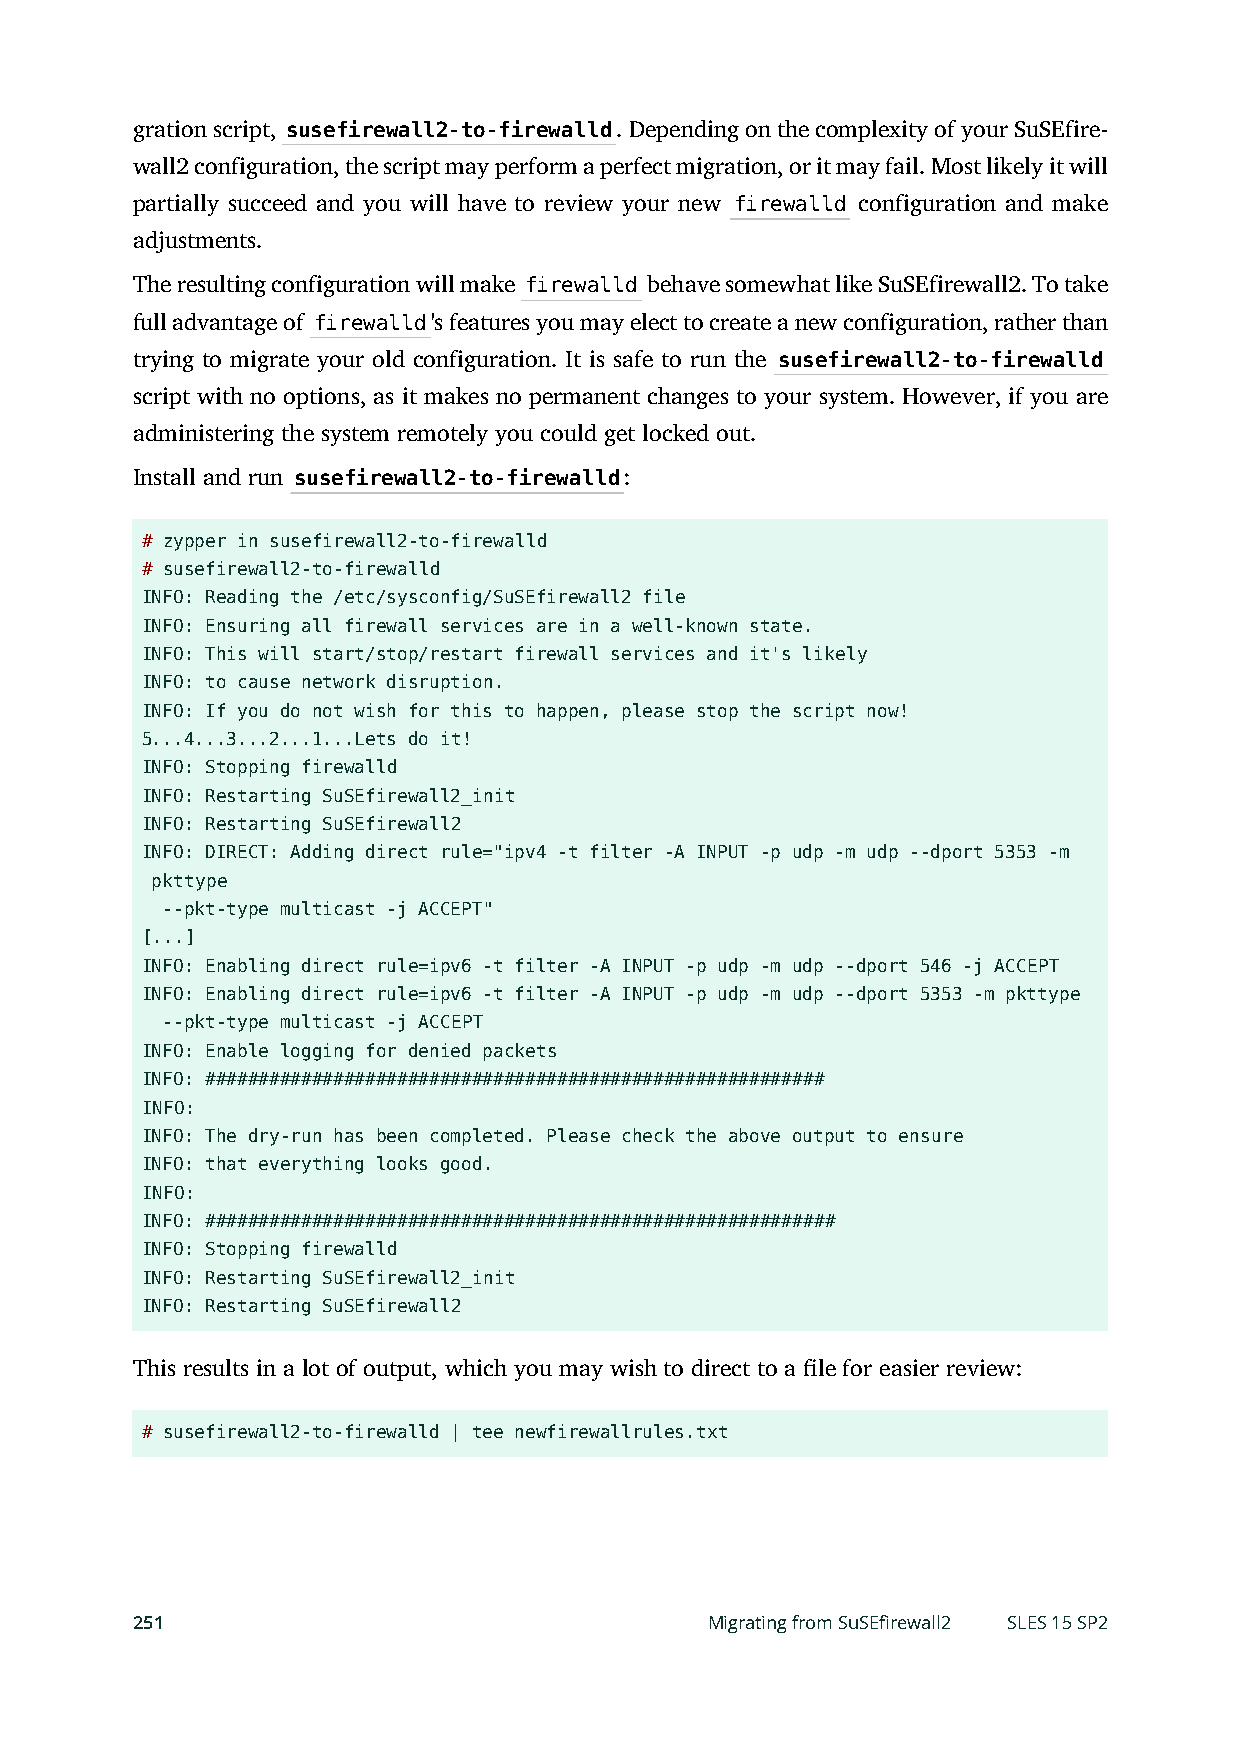
gration script, susefirewall2-to-firewalld. Depending on the complexity of your SuSEfire-
 wall2 configuration, the script may perform a perfect migration, or it may fail. Most likely it will
 partially succeed and you will have to review your new firewalld configuration and make
 adjustments.
 The resulting configuration will make firewalld behave somewhat like SuSEfirewall2. To take
 full advantage of firewalld's features you may elect to create a new configuration, rather than
 trying to migrate your old configuration. It is safe to run the susefirewall2-to-firewalld
 script with no options, as it makes no permanent changes to your system. However, if you are
 administering the system remotely you could get locked out.
 Install and run susefirewall2-to-firewalld:
 # zypper in susefirewall2-to-firewalld
 # susefirewall2-to-firewalld
 INFO: Reading the /etc/sysconfig/SuSEfirewall2 file
 INFO: Ensuring all firewall services are in a well-known state.
 INFO: This will start/stop/restart firewall services and it's likely
 INFO: to cause network disruption.
 INFO: If you do not wish for this to happen, please stop the script now!
 5...4...3...2...1...Lets do it!
 INFO: Stopping firewalld
 INFO: Restarting SuSEfirewall2_init
 INFO: Restarting SuSEfirewall2
 INFO: DIRECT: Adding direct rule="ipv4 -t filter -A INPUT -p udp -m udp --dport 5353 -m
 pkttype
 --pkt-type multicast -j ACCEPT"
 [...]
 INFO: Enabling direct rule=ipv6 -t filter -A INPUT -p udp -m udp --dport 546 -j ACCEPT
 INFO: Enabling direct rule=ipv6 -t filter -A INPUT -p udp -m udp --dport 5353 -m pkttype
 --pkt-type multicast -j ACCEPT
 INFO: Enable logging for denied packets
 INFO: ##########################################################
 INFO:
 INFO: The dry-run has been completed. Please check the above output to ensure
 INFO: that everything looks good.
 INFO:
 INFO: ###########################################################
 INFO: Stopping firewalld
 INFO: Restarting SuSEfirewall2_init
 INFO: Restarting SuSEfirewall2
 This results in a lot of output, which you may wish to direct to a le for easier review:
 # susefirewall2-to-firewalld | tee newfirewallrules.txt
 251                                   Migrating from SuSEfirewall2 SLES 15 SP2